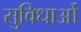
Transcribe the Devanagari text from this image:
सु्विधाओं